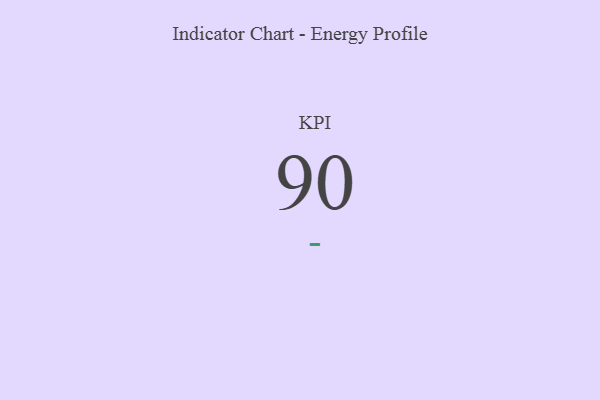
{"axis": {"x": "KPI", "y": "Value"}, "legend": [""], "data": [{"x": "KPI", "y": 90, "type": ""}]}